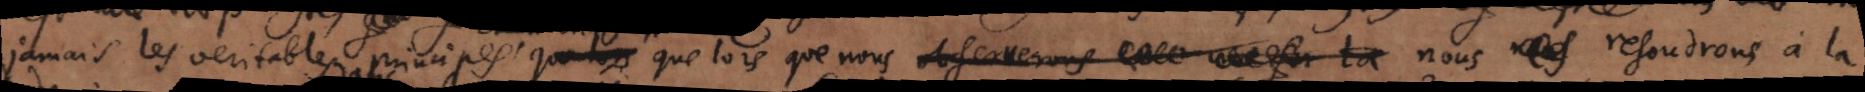
jamais les veritables principes que lors que nous observerons _ nous resoudrons à la